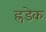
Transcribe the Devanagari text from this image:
ह्रडेक